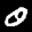
Label: 0